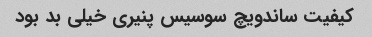
کیفیت ساندویچ سوسیس پنیری خیلی بد بود